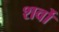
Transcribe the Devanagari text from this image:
शर्वो